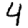
Digit: 4